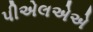
પીએલએએ